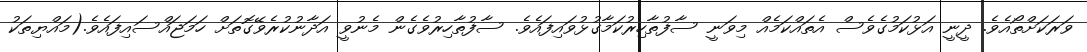
ވަރަކަށްތޯއެވެ. ދީނީ އަޅުކަމުގެވެސް އެތައްކަމެއް މިވަނީ ސާފުތާހިރުކަމާގުޅުވައިފައެވެ. ސާފުތާހިރުވެގެން މެނުވީ އަދާނުކުރެވޭގޮތަށް ހަމަޖައްސައިފައެވެ.(މައްޔިތަކު